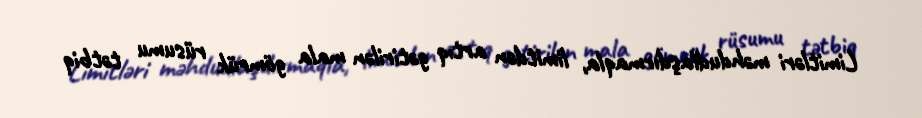
Limitləri məhdudlaşdırmaqla, limitdən artıq gətirilən mala gömrük rüsumu tətbiq